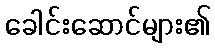
ခေါင်းဆောင်များ၏